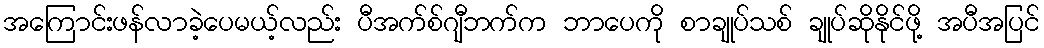
အကြောင်းဖန်လာခဲ့ပေမယ့်လည်း ပီအက်စ်ဂျီဘက်က ဘာပေကို စာချုပ်သစ် ချုပ်ဆိုနိုင်ဖို့ အပီအပြင်